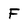
Character: F